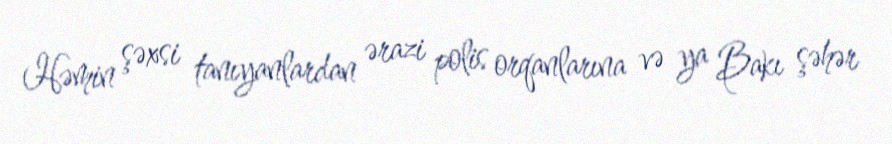
Həmin şəxsi tanıyanlardan ərazi polis orqanlarına və ya Bakı şəhər